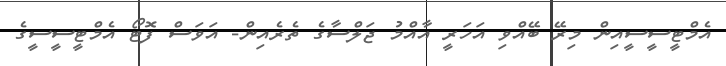
އެމްޓީސީސީއިން މިރޭ ބޭއްވި އަހަރީ އާއްމު ޖަލްސާގެ ތެރެއިން- އަވަސް ފޮޓޯ އެމްޓީސީސީގެ